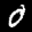
Digit: 0